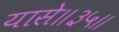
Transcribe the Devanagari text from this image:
यासे॥३५॥